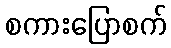
စကားပြောစက်